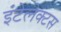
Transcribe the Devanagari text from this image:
इंटेलेक्टस